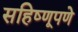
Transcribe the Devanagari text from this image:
सहिष्णूपणे